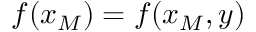
f ( x _ { M } ) = f ( x _ { M } , y )